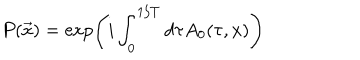
P ( \vec { x } ) = \exp \left( i \int _ { 0 } ^ { 1 / T } d \tau A _ { 0 } ( \tau , x ) \right)